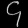
Digit: ၄